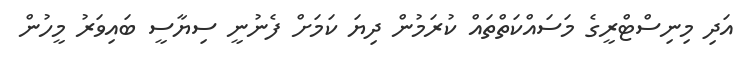
އަދި މިނިސްޓްރީގެ މަސައްކަތްތައް ކުރަމުން ދިޔަ ކަމަށް ފެނުނީ ސިޔާސީ ބައިވަރު މީހުން